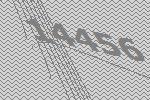
14456